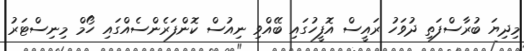
މިދިޔަ ބުރާސްފަތި ދުވަހު ރައީސް އޮފީހުގައި ބޭއްވި ނިއުސް ކޮންފަރެންސެއްގައި ހޯމް މިނިސްޓަރު